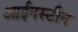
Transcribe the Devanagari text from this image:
आईनस्टीन